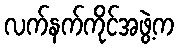
လက်နက်ကိုင်အဖွဲ့က